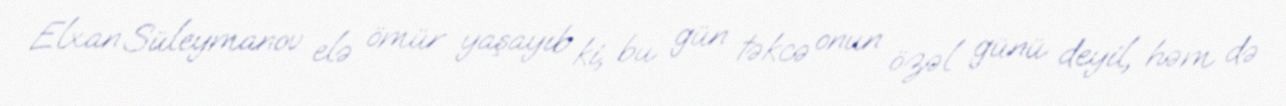
Elxan Süleymanov elə ömür yaşayıb ki, bu gün təkcə onun özəl günü deyil, həm də